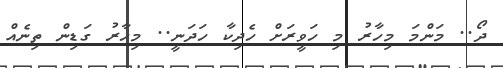
ދޯ.. މަންމަ މިހާރު މި ހަވީރަށް ހެދިކާ ހަދަނީ.. މިހާރު ގަޑިން ތިނެއް